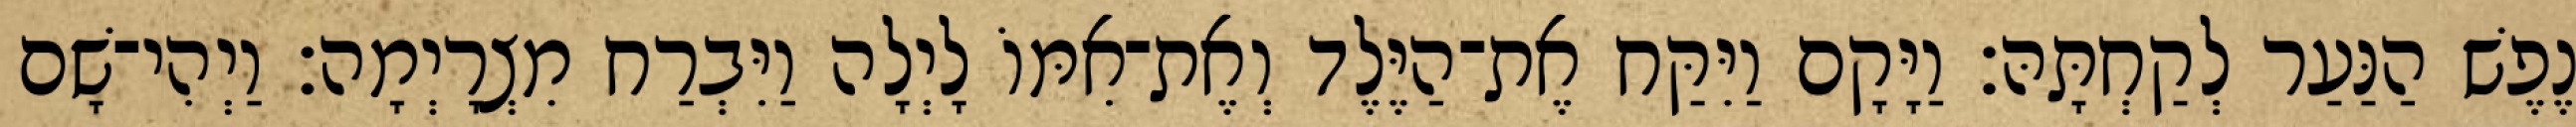
נֶפֶשׁ הַנַּעַר לְקַחְתָּהּ׃ וַיָּקָם וַיִּקַּח אֶת־הַיֶּלֶד וְאֶת־אִמּוֹ לָיְלָה וַיִּבְרַח מִצְרָיְמָה׃ וַיְהִי־שָׁם